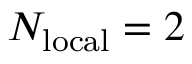
N _ { \mathrm { l o c a l } } = 2